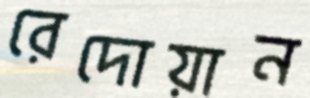
রেদোয়ান